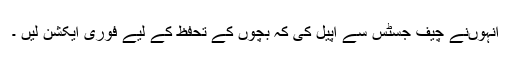
انہوںنے چیف جسٹس سے اپیل کی کہ بچوں کے تحفظ کے لیے فوری ایکشن لیں ۔